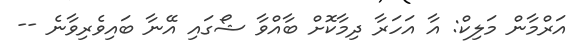
އަރްމާން މަލިކް: އާ އަހަރާ ދިމާކޮށް ބާއްވާ ޝޯގައި އޭނާ ބައިވެރިވާނެ --